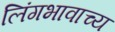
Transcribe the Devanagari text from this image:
लिंगभावाच्य